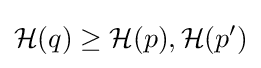
{\mathcal {H}}(q)\geq {\mathcal {H}}(p),{\mathcal {H}}(p')